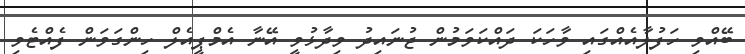
ބޭއްވި ހަފުލާއެއްގައި ވާހަކަ ދައްކަވަމުން ޖުނައިދު ވިދާޅުވީ އޭނާ އެމްޕީއެލް ހިންގަވަން ފެއްޓެވި